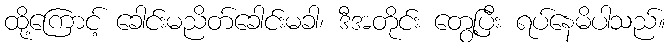
ထို့ကြောင့် ခေါင်းမညိတ်ခေါင်းမခါ၊ ဒီအတိုင်း တွေ့ပြီး ရပ်နေမိပါသည်။